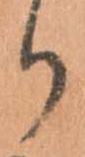
り